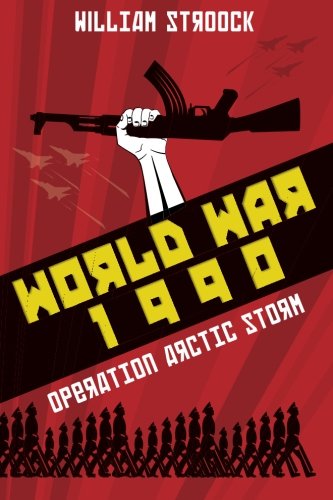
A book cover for World War 1990: Operation Arctic Storm; William Stroock; Science Fiction & Fantasy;